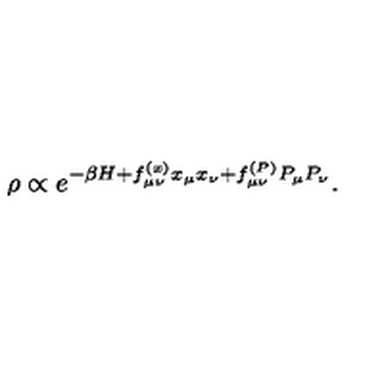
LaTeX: \rho \propto e ^ { - \beta H + f _ { \mu \nu } ^ { ( x ) } x _ { \mu } x _ { \nu } + f _ { \mu \nu } ^ { ( P ) } P _ { \mu } P _ { \nu } } .